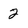
Character: 2